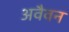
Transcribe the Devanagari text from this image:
अवैवन